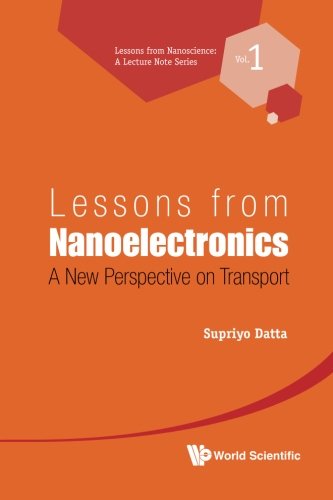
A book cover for Lessons from Nanoelectronics: A New Perspective on Transport (Lessons from Nanoscience: a Lecture Notes Series) (Volume 1); Supriyo Datta; Science & Math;